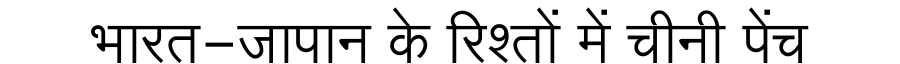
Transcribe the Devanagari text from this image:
भारत-जापान के रिश्तों में चीनी पेंच